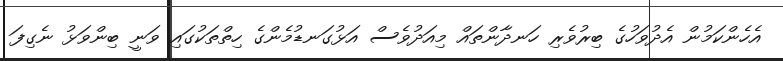
އެހެންކަމުން އެދުވަހުގެ ބިރުވެރި ހަނދާންތައް މިއަދުވެސް އަޅުގަނޑުމެންގެ ހިތްތަކުގައި ވަނީ ބިންވަޅު ނެގިފަ